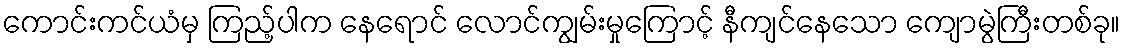
ကောင်းကင်ယံမှ ကြည့်ပါက နေရောင် လောင်ကျွမ်းမှုကြောင့် နီကျင်နေသော ကျောမွဲကြီးတစ်ခု။